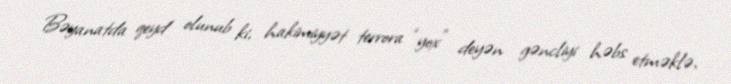
Bəyanatda qeyd olunub ki, hakimiyyət terrora “yox” deyən gəncliyi həbs etməklə,